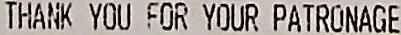
THANK YOU FOR YOUR PATRONAGE